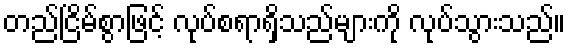
တည်ငြိမ်စွာဖြင့် လုပ်စရာရှိသည်များကို လုပ်သွားသည်။